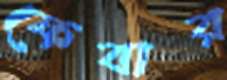
ফেবার